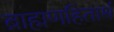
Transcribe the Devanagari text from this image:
ब्राह्मणहितार्थ